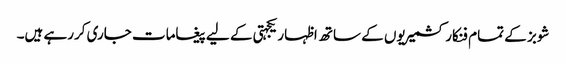
شوبز کے تمام فنکار کشمیریوں کے ساتھ اظہار یکجہتی کے لیے پیغامات جاری کررہے ہیں۔